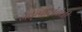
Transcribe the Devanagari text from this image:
नेतृत्वासंबंधी